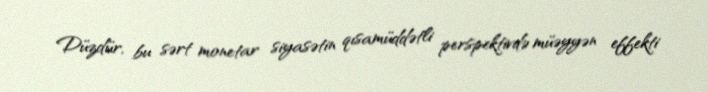
Düzdür, bu sərt monetar siyasətin qısamüddətli perspektivdə müəyyən effekti